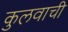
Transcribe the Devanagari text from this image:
कुलवाची